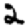
Digit: 2